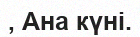
, Ана күні.